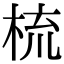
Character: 梳